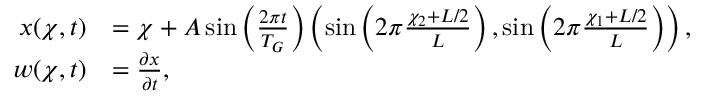
\begin{array} { r l } { \b x ( \b \chi , t ) } & { = \b \chi + A \sin \left( \frac { 2 \pi t } { T _ { G } } \right) \left( \sin \left( 2 \pi \frac { \chi _ { 2 } + L / 2 } { L } \right) , \sin \left( 2 \pi \frac { \chi _ { 1 } + L / 2 } { L } \right) \right) , } \\ { \b w ( \b \chi , t ) } & { = \frac { \partial \b x } { \partial t } , } \end{array}